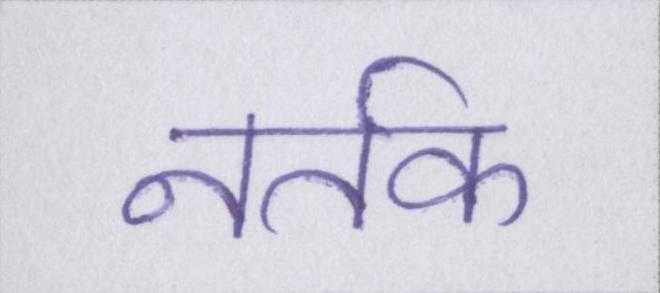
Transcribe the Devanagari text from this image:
नर्तक